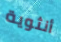
أنثوية